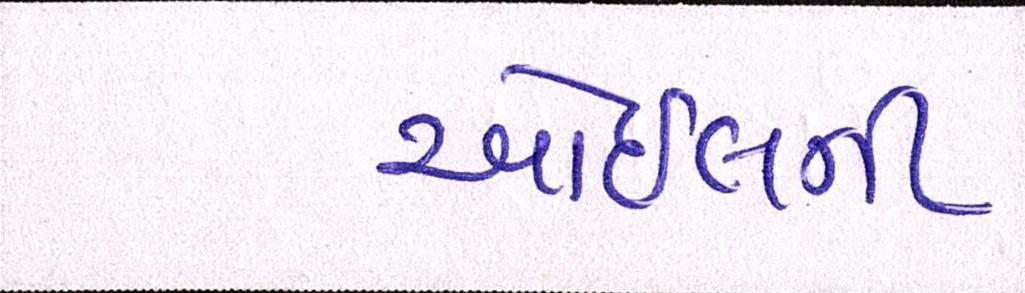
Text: ઓઈલની